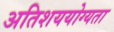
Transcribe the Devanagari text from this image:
अतिशययोग्यता